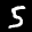
Label: 5